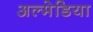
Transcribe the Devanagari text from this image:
अल्मेडिया